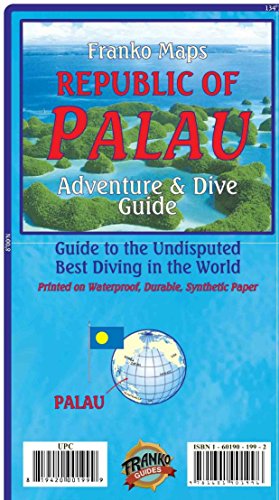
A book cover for Palau Adventure & Dive Guide Franko Maps Waterproof Map; Franko Maps Ltd.; Travel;